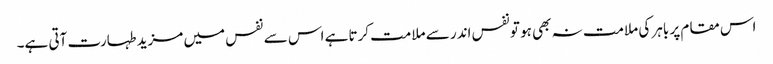
اس مقام پر باہر کی ملامت نہ بھی ہو تونفس اندر سے ملامت کرتا ہے اس سے نفس میں مزید طہارت آتی ہے۔